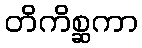
တိကိစ္ဆကာ